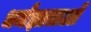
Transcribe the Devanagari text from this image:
धर्मज्ञाताओं